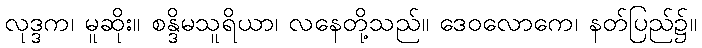
လုဒ္ဒက၊ မူဆိုး။ စန္ဒိမသူရိယာ၊ လနေတို့သည်။ ဒေဝလောကေ၊ နတ်ပြည်၌။